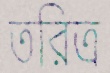
তরিত্র